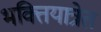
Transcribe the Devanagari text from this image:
भक्तियात्रेत